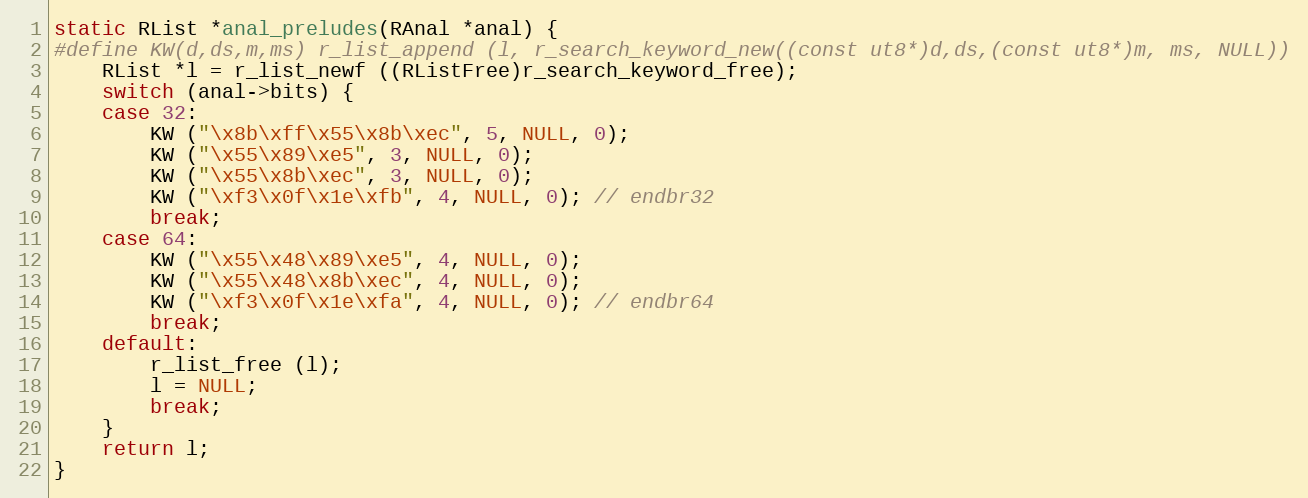
Language: C
static RList *anal_preludes(RAnal *anal) {
#define KW(d,ds,m,ms) r_list_append (l, r_search_keyword_new((const ut8*)d,ds,(const ut8*)m, ms, NULL))
	RList *l = r_list_newf ((RListFree)r_search_keyword_free);
	switch (anal->bits) {
	case 32:
		KW ("\x8b\xff\x55\x8b\xec", 5, NULL, 0);
		KW ("\x55\x89\xe5", 3, NULL, 0);
		KW ("\x55\x8b\xec", 3, NULL, 0);
		KW ("\xf3\x0f\x1e\xfb", 4, NULL, 0); // endbr32
		break;
	case 64:
		KW ("\x55\x48\x89\xe5", 4, NULL, 0);
		KW ("\x55\x48\x8b\xec", 4, NULL, 0);
		KW ("\xf3\x0f\x1e\xfa", 4, NULL, 0); // endbr64
		break;
	default:
		r_list_free (l);
		l = NULL;
		break;
	}
	return l;
}